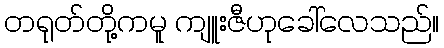
တရုတ်တို့ကမူ ကျူးဇီဟုခေါ်လေသည်။